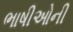
ભાષીઓની